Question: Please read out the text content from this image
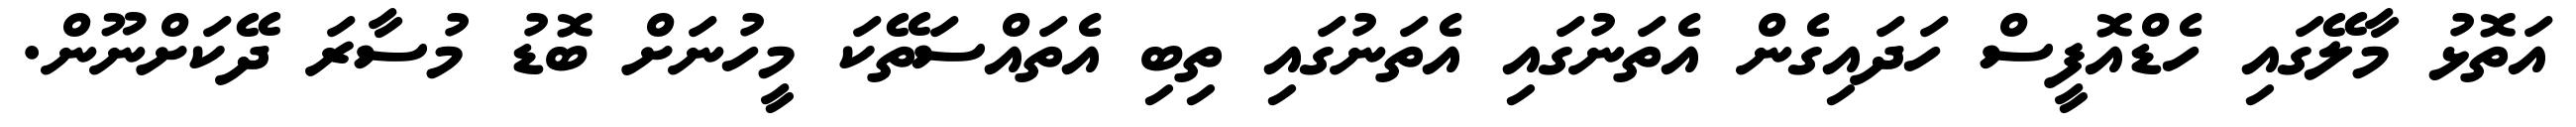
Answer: އަތޮޅު މާލޭގައި ހެޑްއޮފީސް ހަދައިގެން އެތަނުގައި އެތަނުގައި ތިބި އެތައްސަތޭކަ މީހުނަށް ބޮޑު މުސާރަ ދޭކަށްނޫން.